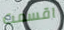
اقسمت